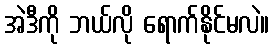
အဲဒီကို ဘယ်လို ရောက်နိုင်မလဲ။